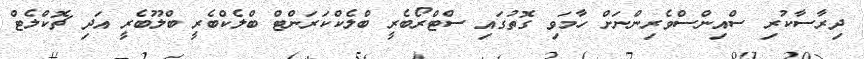
ދިރާސާކުރި ސްއިންސްވެރިންނަށް ހާމަވި ގޮތުގައި ސްޓްރޯބެރީ ބްލެކްކަރަންޓް ބްލެކްބެރީ ބްލޫބެރީ އަދި ޗޮކްލެޓް